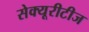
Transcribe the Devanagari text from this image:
सेक्यूरीटीज